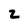
Character: 2